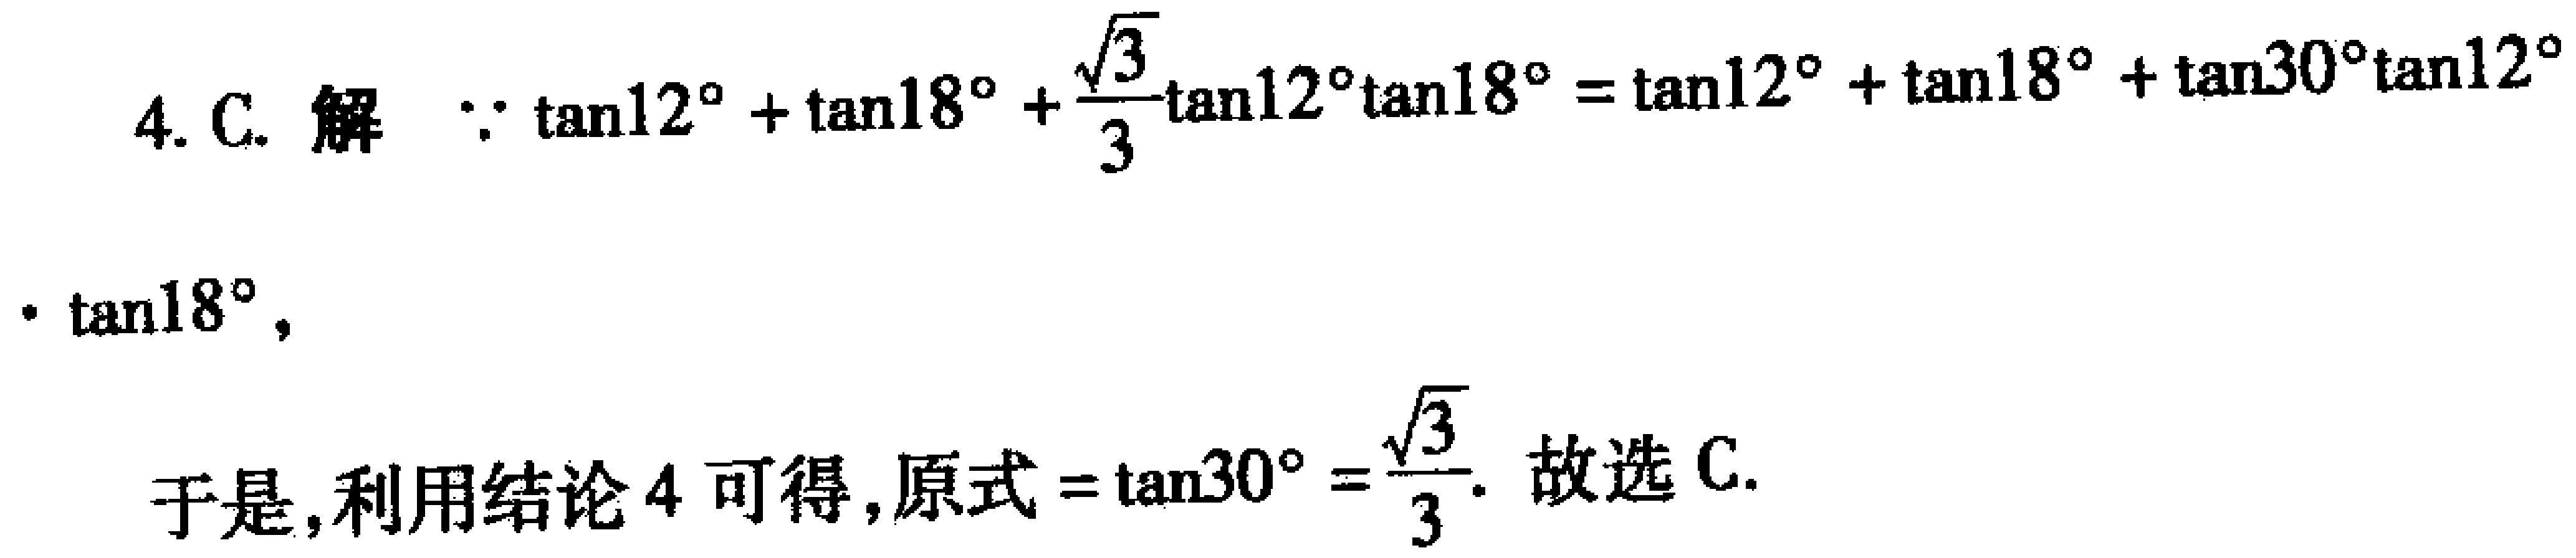
4. C. 解 $\because \tan12^{\circ}+\tan18^{\circ}+\frac{\sqrt{3}}{3}\tan12^{\circ}\tan18^{\circ}=\tan12^{\circ}+\tan18^{\circ}+\tan30^{\circ}\tan12^{\circ}$
$\cdot \tan18^{\circ},$
于是,利用结论 4 可得, 原式 $=\tan30^{\circ}=\frac{\sqrt{3}}{3}$. 故选 C.